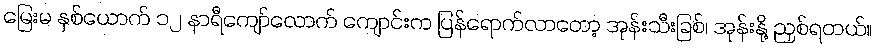
မြေးမ နှစ်ယောက် ၁၂ နာရီကျော်လောက် ကျောင်းက ပြန်ရောက်လာတော့ အုန်းသီးခြစ်၊ အုန်းနို့ ညှစ်ရတယ်။